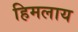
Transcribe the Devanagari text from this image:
हिमलाय